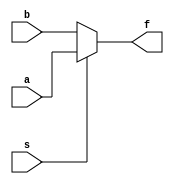
module mux(a,b,s,f); 
    input a,b,s;
    output f; reg f;
    always@(s or a or b)
        if(s==1) f = a; 
        else f = b;
endmodule